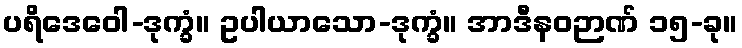
ပရိဒေဝေါ-ဒုက္ခံ။ ဥပါယာသော-ဒုက္ခံ။ အာဒီနဝဉာဏ် ၁၅-ခု။